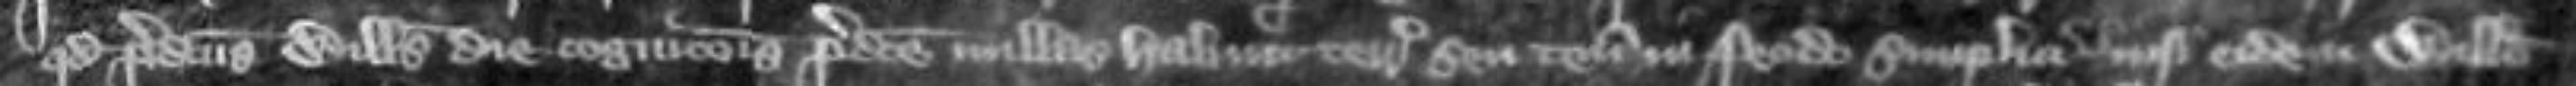
quod predictus Willelmus die cognitionis predicte nullas habuit terras seu tenementa in feodo simplici nisi eidem Willelmo